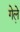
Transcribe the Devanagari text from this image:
गेले़